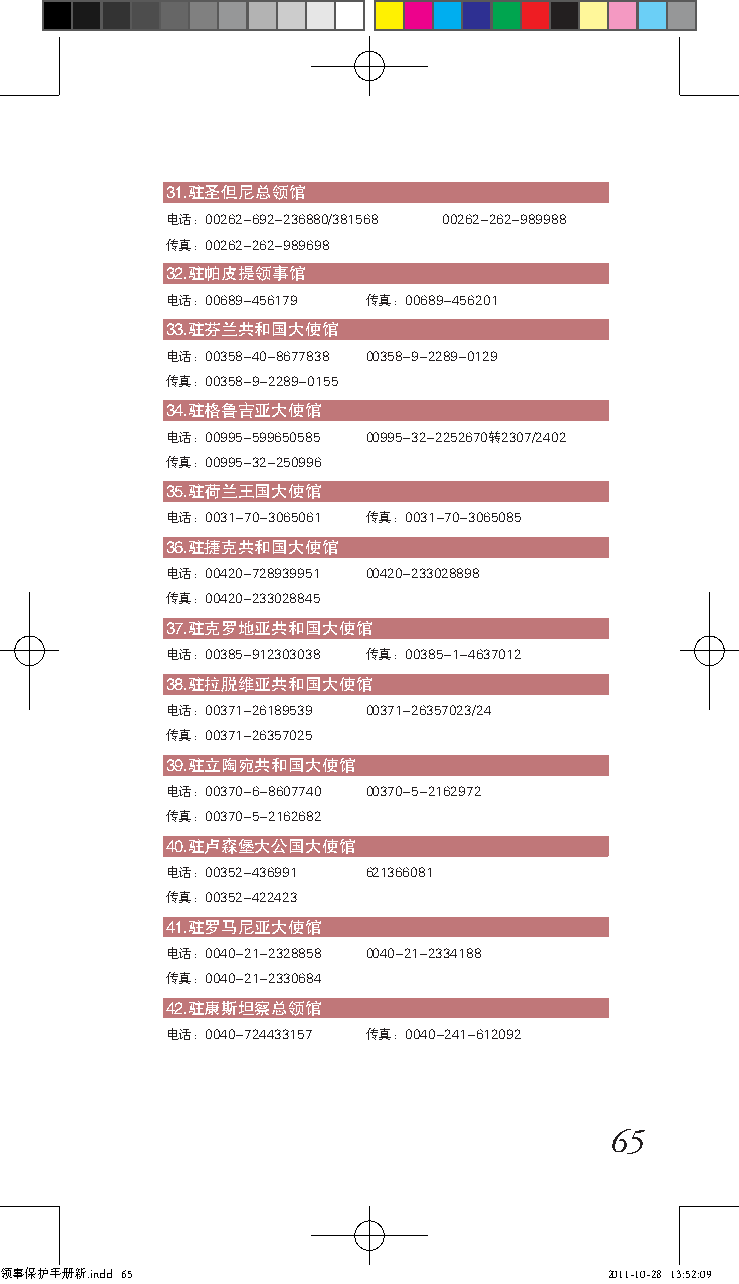
31.驻圣但尼总领馆
 电话：00262-692-236880/381568 00262-262-989988
 传真：00262-262-989698
 32.驻帕皮提领事馆
 电话：00689-456179 传真：00689-456201
 33.驻芬兰共和国大使馆
 电话：00358-40-8677838 00358-9-2289-0129
 传真：00358-9-2289-0155
 34.驻格鲁吉亚大使馆
 电话：00995-599650585 00995-32-2252670转2307/2402
 传真：00995-32-250996
 35.驻荷兰王国大使馆
 电话：0031-70-3065061 传真：0031-70-3065085
 36.驻捷克共和国大使馆
 电话：00420-728939951 00420-233028898
 传真：00420-233028845
 37.驻克罗地亚共和国大使馆
 电话：00385-912303038 传真：00385-1-4637012
 38.驻拉脱维亚共和国大使馆
 电话：00371-26189539 00371-26357023/24
 传真：00371-26357025
 39.驻立陶宛共和国大使馆
 电话：00370-6-8607740 00370-5-2162972
 传真：00370-5-2162682
 40.驻卢森堡大公国大使馆
 电话：00352-436991 621366081
 传真：00352-422423
 41.驻罗马尼亚大使馆
 电话：0040-21-2328858 0040-21-2334188
 传真：0040-21-2330684
 42.驻康斯坦察总领馆
 电话：0040-724433157 传真：0040-241-612092
 65
 领事保护手册新.indd 65                         2011-10-28 13:52:09